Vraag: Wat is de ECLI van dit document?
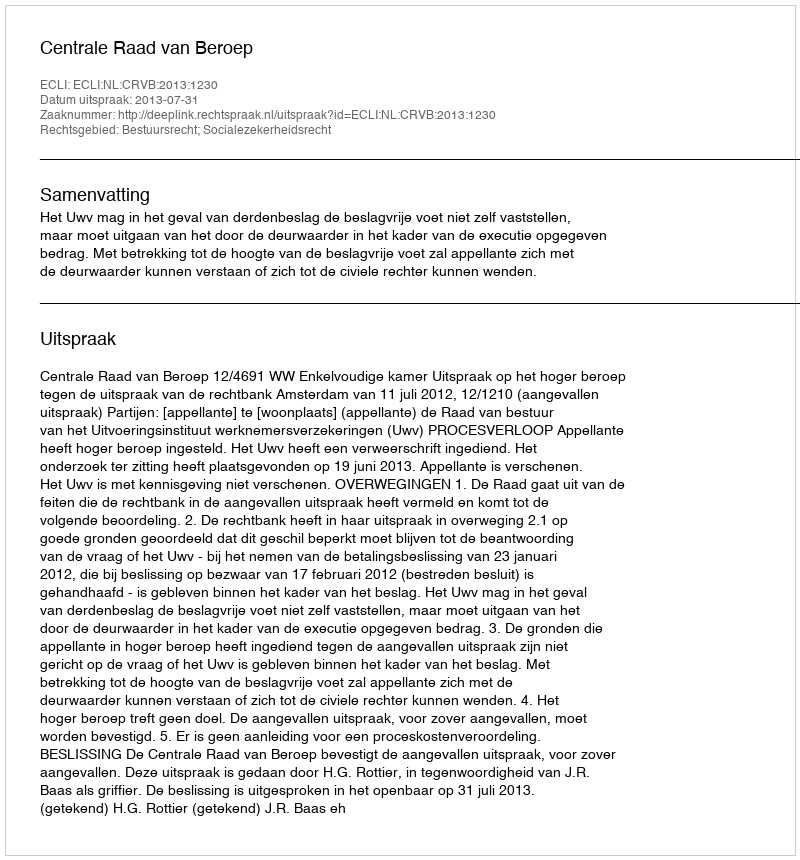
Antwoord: ECLI:NL:CRVB:2013:1230